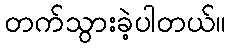
တက်သွားခဲ့ပါတယ်။